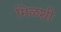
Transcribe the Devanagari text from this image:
मिळशी